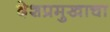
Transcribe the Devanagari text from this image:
देशप्रमुखाचा